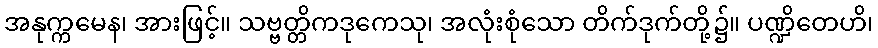
အနုက္ကမေန၊ အားဖြင့်။ သဗ္ဗတ္တိကဒုကေသု၊ အလုံးစုံသော တိက်ဒုက်တို့၌။ ပဏ္ဍိတေဟိ၊